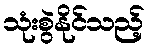
သုံးစွဲနိုင်သည့်